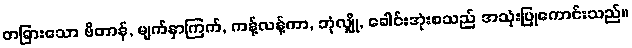
တခြားသော ဗိတာန်, မျက်နှာကြက်, ကန့်လန့်ကာ, ဘုံလျှို, ခေါင်းအုံးစသည် အသုံးပြုကောင်းသည်။